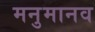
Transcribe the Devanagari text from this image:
मनुमानव